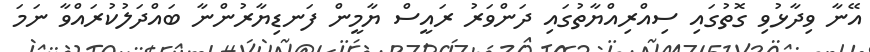
އޭނާ ވިދާޅުވި ގޮތުގައި ސިއްރިއްޔާތުގައި ދަންވަރު ރައީސް ޔާމީން ފަނޑިޔާރުންނާ ބައްދަލުކުރައްވާ ނަމަ